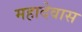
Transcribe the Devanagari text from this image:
महादेवास